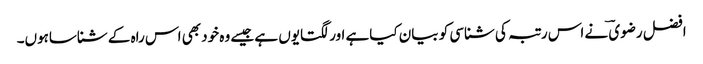
افضل رضوی ؔنے اس رتبہ کی شناسی کو بیان کیاہے اور لگتایوں ہے جیسے وہ خود بھی اس راہ کے شناساہوں۔